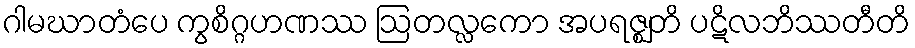
ဂါမဃာတံပေ ကွစိဂ္ဂဟဏဿ ဩတလ္လကော အပရဇ္ဈတိ ပဋိလဘိဿတီတိ